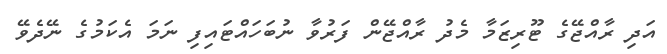
އަދި ރާއްޖޭގެ ޓޫރިޒަމާ މެދު ރާއްޖޭން ފަރުވާ ނުބަހައްޓައިފި ނަމަ އެކަމުގެ ނޭދެވޭ